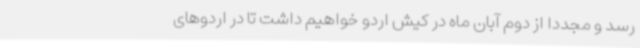
رسد و مجددا از دوم آبان ماه در کیش اردو خواهیم داشت تا در اردوهای